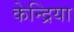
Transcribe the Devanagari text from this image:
केन्द्रिया